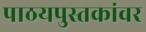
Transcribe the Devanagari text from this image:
पाठयपुस्तकांवर